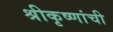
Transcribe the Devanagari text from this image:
श्रीकृष्णांची